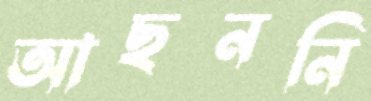
আছননি